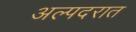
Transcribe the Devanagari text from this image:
अल्पदरात